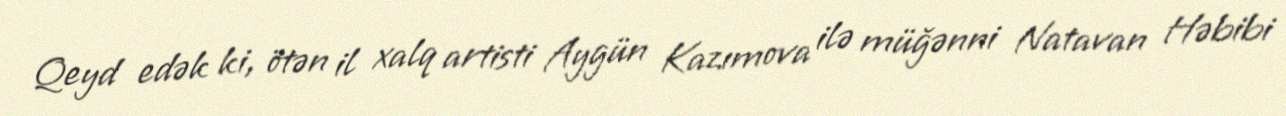
Qeyd edək ki, ötən il xalq artisti Aygün Kazımova ilə müğənni Natavan Həbibi